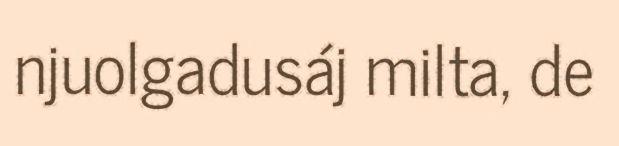
njuolgadusáj milta, de